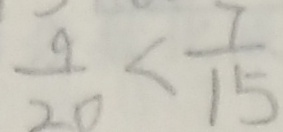
\frac { 9 } { 2 0 } < \frac { 7 } { 1 5 }